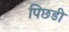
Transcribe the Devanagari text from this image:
पिछडी